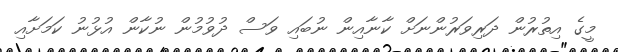
މީގެ އިތުރުން ދަރިވަރުންނަށް ކާނާއިން ނުބައި ވަސް ދުވުމުން ނުކާން އުޅުނު ކަމަށާއި